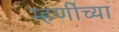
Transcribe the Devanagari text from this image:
म्हणींच्या